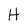
Character: H